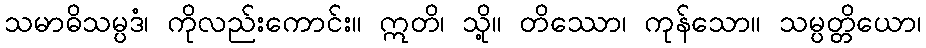
သမာဓိသမ္ပဒံ၊ ကိုလည်းကောင်း။ ဣတိ၊ သို့။ တိဿော၊ ကုန်သော။ သမ္ပတ္တိယော၊